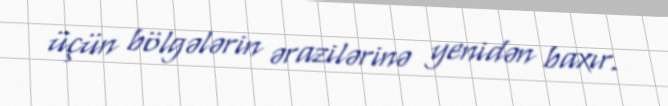
üçün bölgələrin ərazilərinə yenidən baxır.